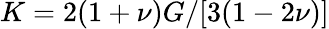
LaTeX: K=2(1+\nu)G/[3(1-2\nu)]